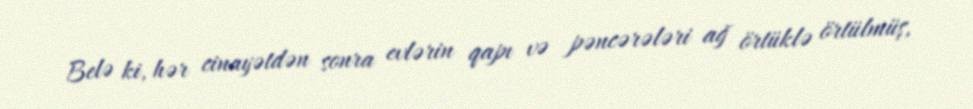
Belə ki, hər cinayətdən sonra evlərin qapı və pəncərələri ağ örtüklə örtülmüş,